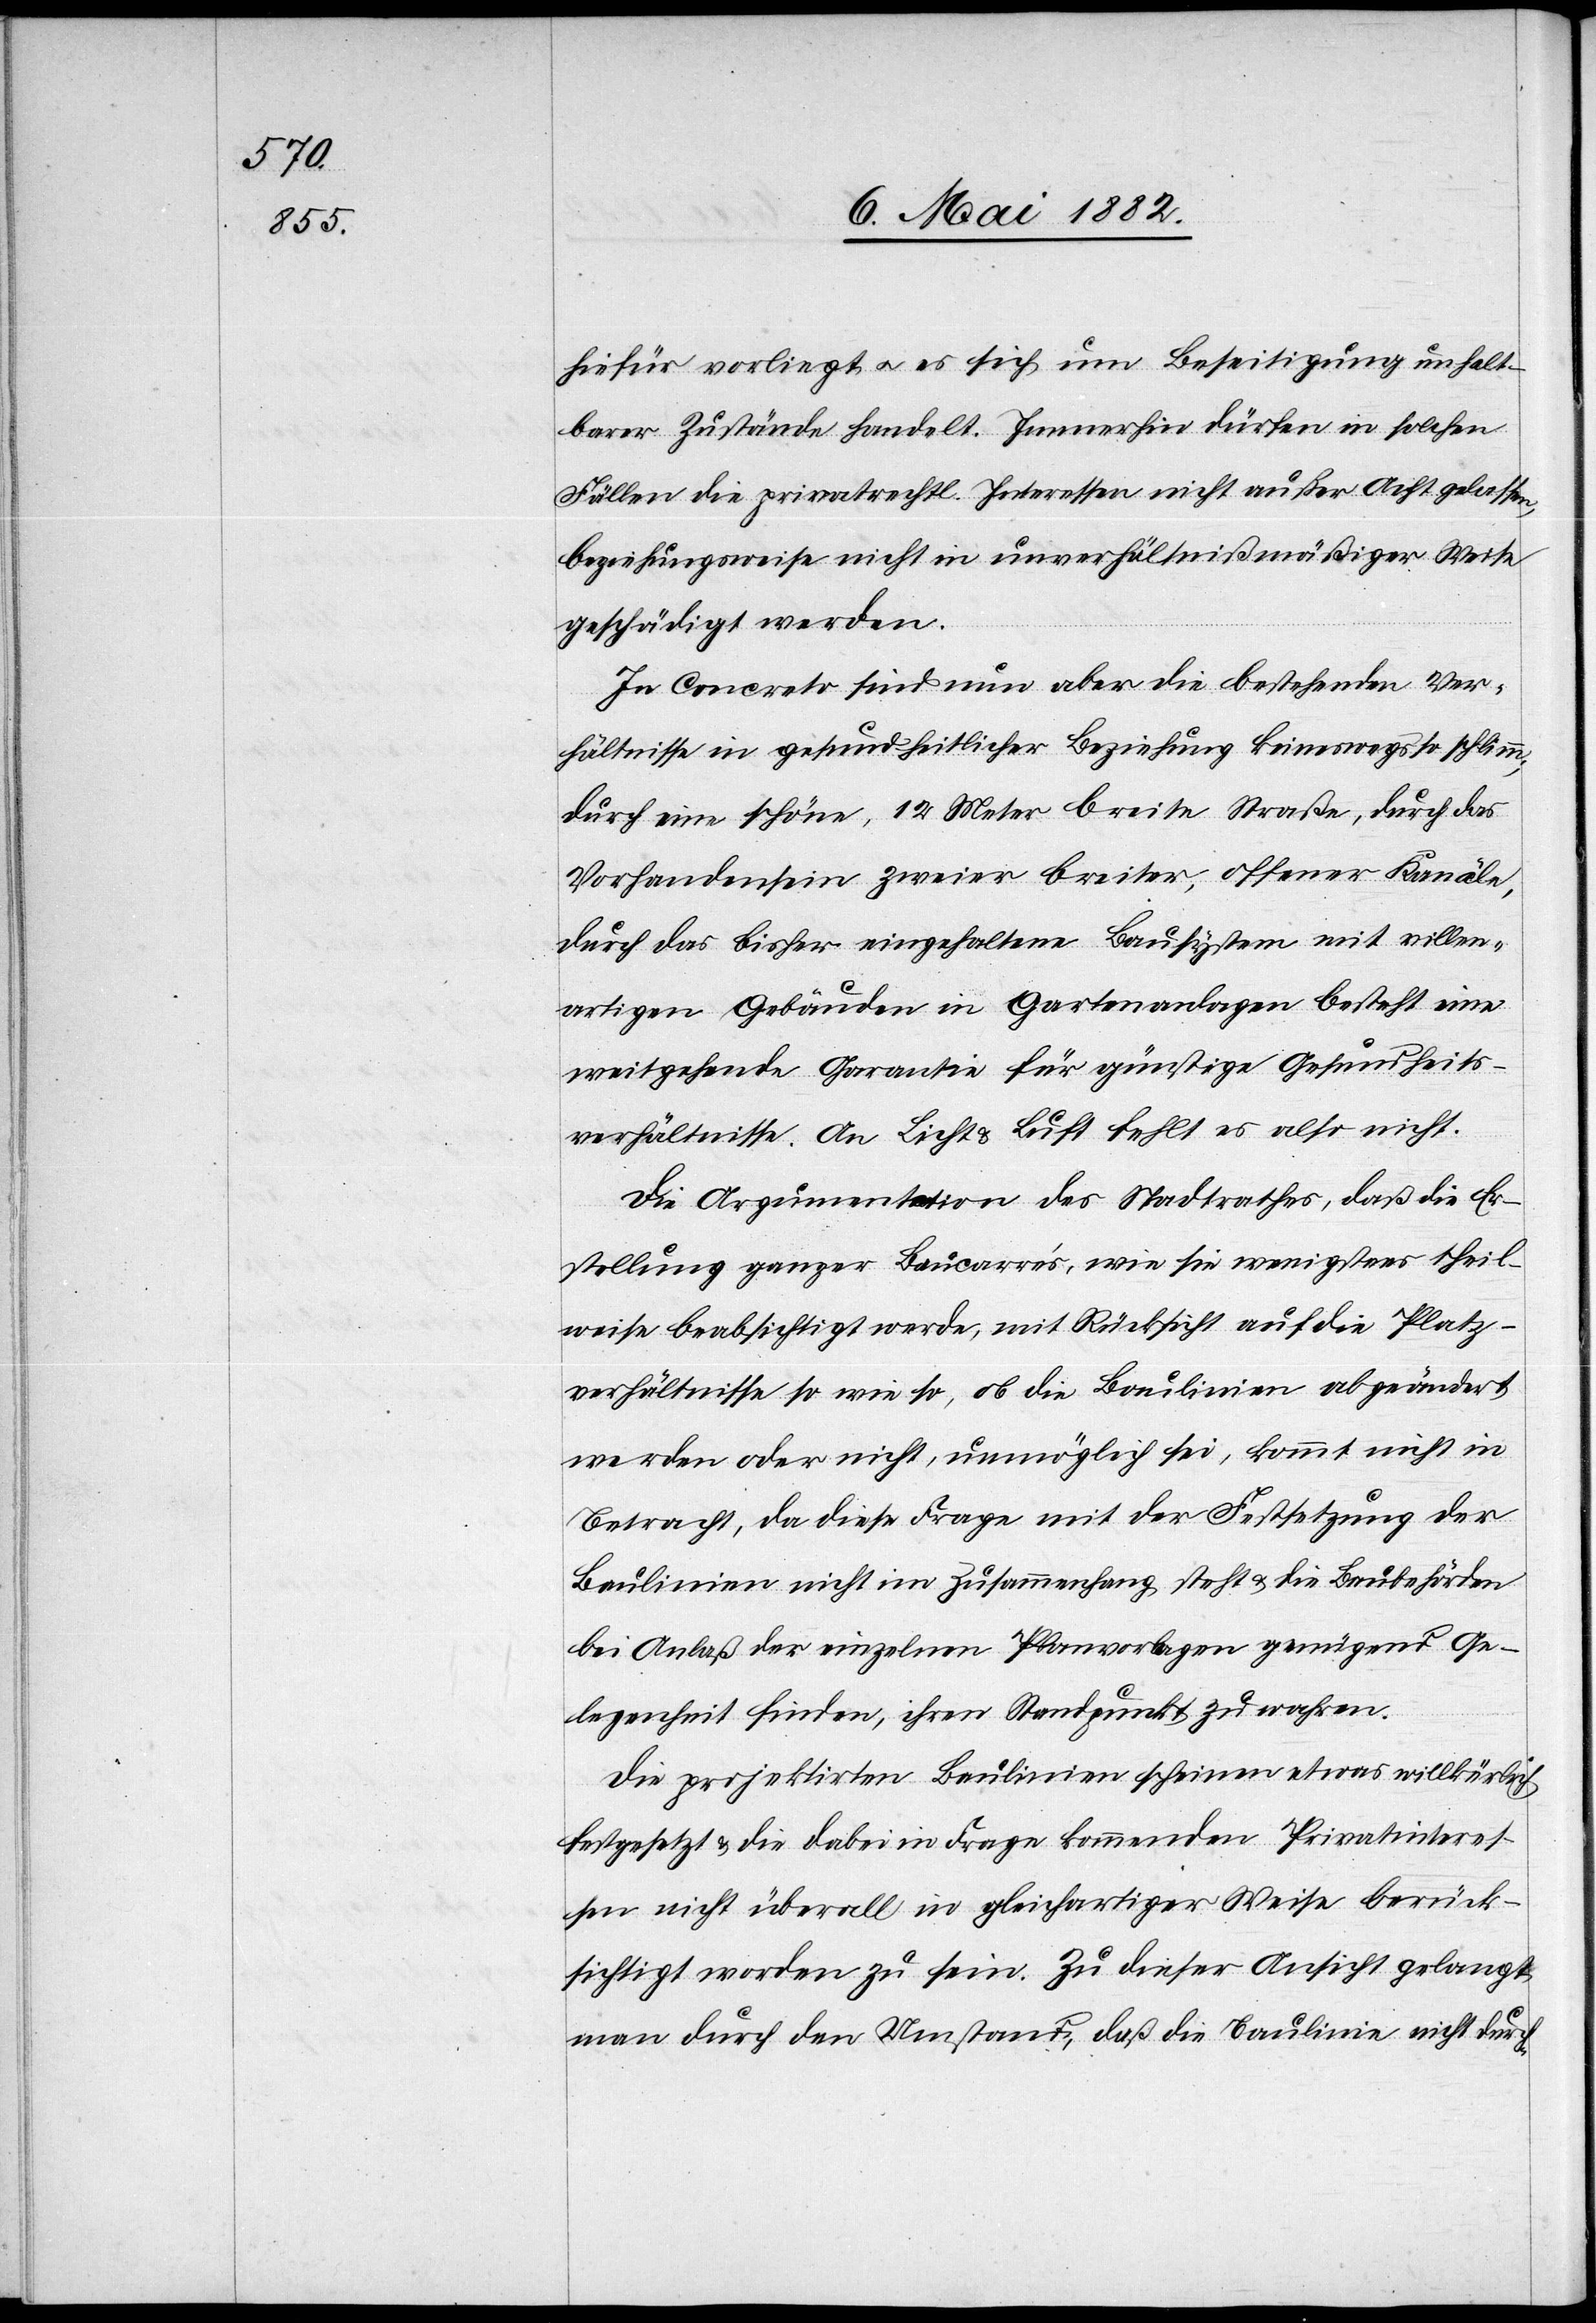
hiefür vorliegt u. es sich um Beseitigung unhalt¬
barer Zustände handelt. Immerhin dürfen in solchen
Fällen die privatrechtl. Interessen nicht außer Acht gelassen,
beziehungsweise nicht in unverhältnißmäßiger Weise
geschädigt werden.
In Concreto sind nun aber die bestehenden Ver¬
hältnisse in gesundheitlicher Beziehung keineswegs so schlimm;
durch eine schöne, 12 Meter breite Straße, durch das
Vorhandensein zweier breiter, offener Kanäle,
durch das bisher eingehaltene Bausystem mit villen¬
artigen Gebäuden in Quartenanlagen besteht eine
weitgehende Garantie für günstige Gesundheits¬
verhältnisse. An Licht & Luft fehlt es also nicht.
Die Argumentation des Stadtrathes, daß die Er¬
stellung ganzer Baucarrés, wie sie wenigstens theil¬
weise beabsichtigt werde, mit Rücksicht auf die Platz¬
verhältnisse so wie so, ob die Baulinien abgeändert
werden oder nicht, unmöglich sei, kommt nicht in
Betracht, da diese Frage mit der Festsetzung der
Baulinien nicht im Zusammenhang steht & die Baubehörden
bei Anlaß der einzelnen Planvorlagen genügend Ge¬
legenheit finden, ihren Standpunkt zu wahren.
Die projektirten Baulinien scheinen etwas willkürlich
festgesetzt & die dabei in Frage kommenden Privatinteres¬
sen nicht überall in gleichartiger Weise berück¬
sichtigt worden zu sein. Zu dieser Ansicht gelangt
man durch den Umstand, daß die Baulinie nicht durch-